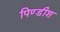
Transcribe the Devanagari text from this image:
पिण्डीश